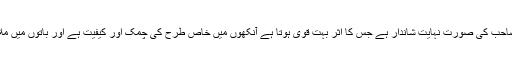
‘‘میرزا صاحب کی صورت نہایت شاندار ہے جس کا اثر بہت قوی ہوتا ہے آنکھوں میں خاص طرح کی چمک اور کیفیت ہے اور باتوں میں ملائمت ہے۔